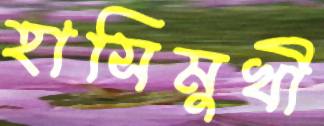
হাসিমুখী